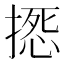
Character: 𢲀